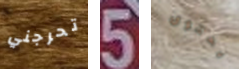
تحرجني 5 يحتوى